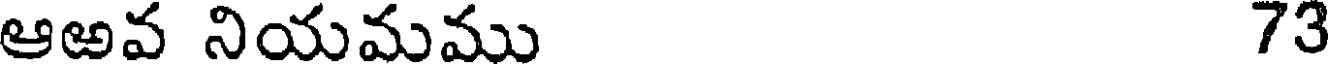
ఆఱవ నియమము 73